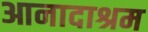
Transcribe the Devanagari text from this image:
आनादाश्रम